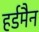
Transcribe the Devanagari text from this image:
हर्डमैन